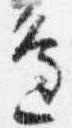
辺